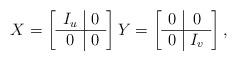
LaTeX: \begin{align*} X = \left[ \begin{array}{c|c} I_u & 0 \\ \hline 0 & 0 \end{array} \right] Y = \left[ \begin{array}{c|c} 0 & 0 \\ \hline 0 & I_{v} \end{array} \right],\end{align*}